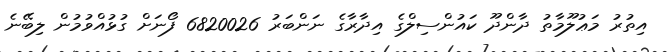
އިތުރު މަޢުލޫމާތު ދާންދޫ ކައުންސިލްގެ އިދާރާގެ ނަންބަރު 6820026 ފޯނަށް ގުޅުއްވުމުން ލިބޭނެ